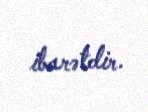
ibarətdir.